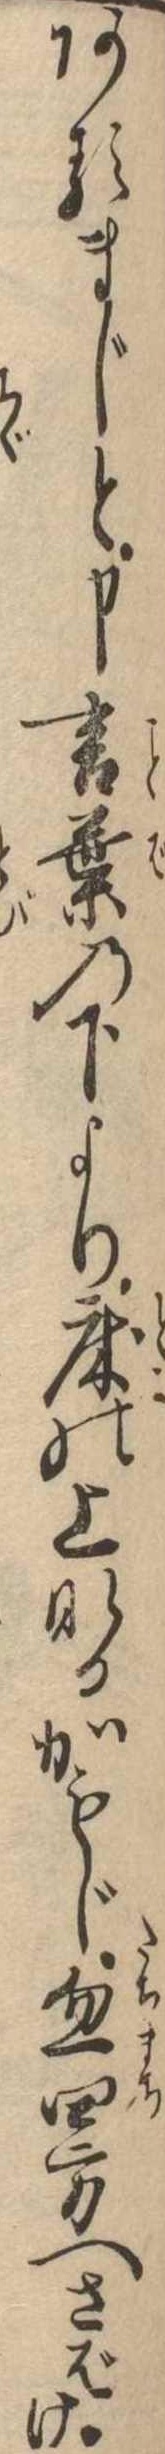
あるまじと申言葉の下より床の上なるかもじ忽四方へさばけ